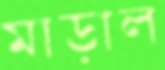
মাড়াল